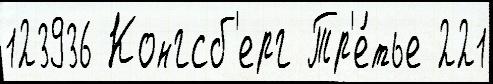
123936 Конгсб'ерг Тр'е́тье 221